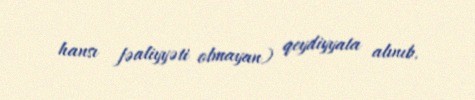
hansı fəaliyyəti olmayan) qeydiyyata alınıb.